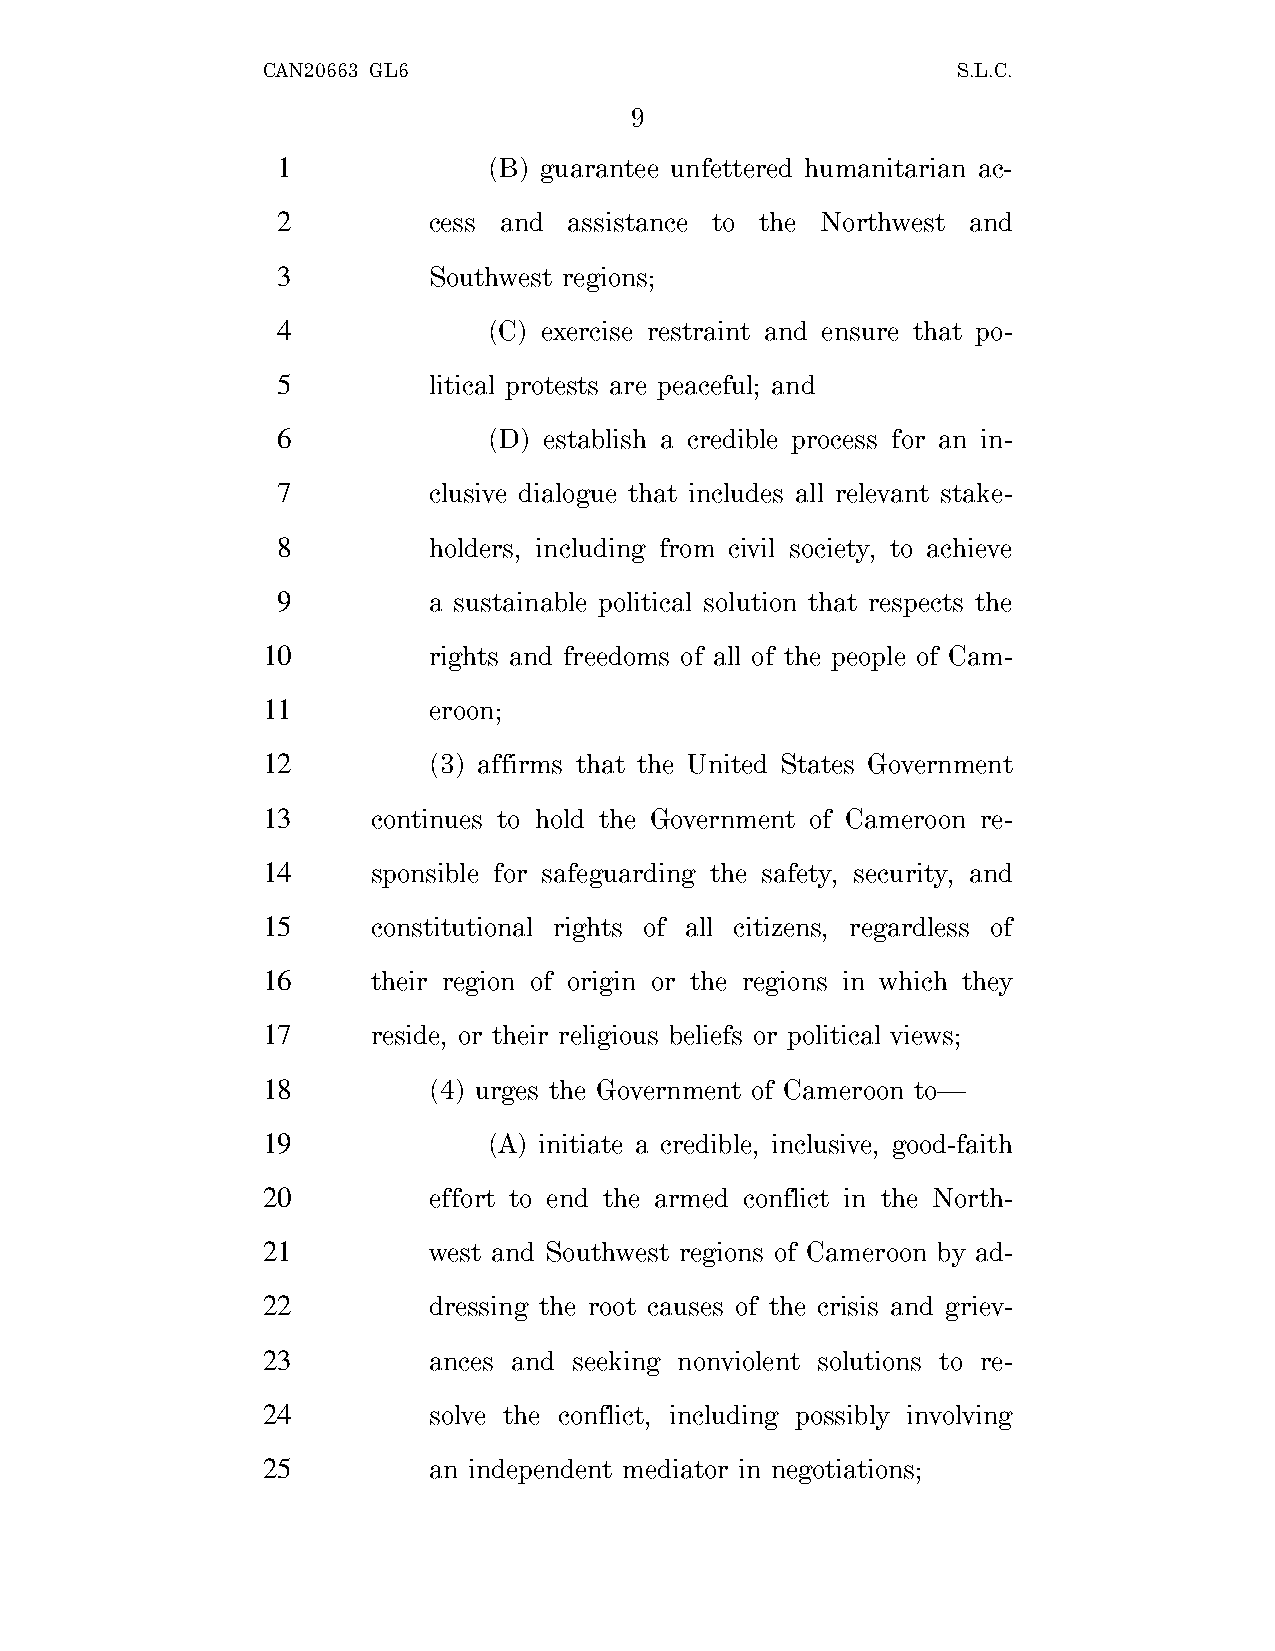
CAN20663 GL6                                  S.L.C.
 9
 1             (B) guarantee unfettered humanitarian ac-
 2         cess and  assistance to the Northwest and
 3         Southwest regions;
 4             (C) exercise restraint and ensure that po-
 5         litical protests are peaceful; and
 6             (D) establish a credible process for an in-
 7         clusive dialogue that includes all relevant stake-
 8         holders, including from civil society, to achieve
 9         a sustainable political solution that respects the
 10         rights and freedoms of all of the people of Cam-
 11         eroon;
 12         (3) affirms that the United States Government
 13      continues to hold the Government of Cameroon re-
 14      sponsible for safeguarding the safety, security, and
 15      constitutional rights of all citizens, regardless of
 16      their region of origin or the regions in which they
 17      reside, or their religious beliefs or political views;
 18         (4) urges the Government of Cameroon to—
 19             (A) initiate a credible, inclusive, good-faith
 20         effort to end the armed conflict in the North-
 21         west and Southwest regions of Cameroon by ad-
 22         dressing the root causes of the crisis and griev-
 23         ances and seeking nonviolent solutions to re-
 24         solve the conflict, including possibly involving
 25         an independent mediator in negotiations;